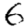
Digit: 6